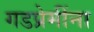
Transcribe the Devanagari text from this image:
गडप्रेमींना